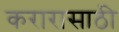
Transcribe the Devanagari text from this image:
करारासाठी